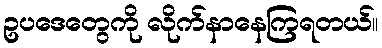
ဥပဒေတွေကို လိုက်နာနေကြရတယ်။